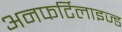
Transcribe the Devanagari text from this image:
अनफर्टिलाइज्ड